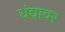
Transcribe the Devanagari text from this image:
धंद्यावर